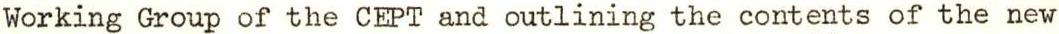
Working Group of the CEPT and outlining the contents of the new